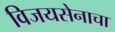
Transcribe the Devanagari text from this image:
विजयसेनाचा